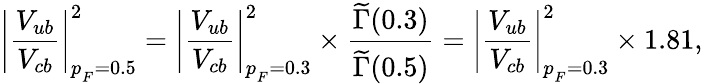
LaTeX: \left|\frac{V_{ub}}{V_{cb}}\right|_{p_{_F}=0.5}^{2}=\left|\frac{V_{ub}}{V_{cb}}\right|_{p_{_F}=0.3}^{2}\times\frac{\widetilde{\Gamma}(0.3)}{\widetilde{\Gamma}(0.5)}=\left|\frac{V_{ub}}{V_{cb}}\right|_{p_{_F}=0.3}^{2}\times 1.81,